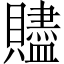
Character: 贐